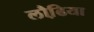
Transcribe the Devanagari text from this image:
लौढि़या